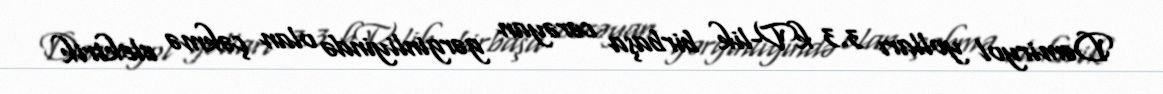
Dəmiryol yolları 3.3 kV-lik birbaşa cərəyan gərginliyində olan çəkmə elektrik